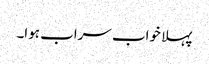
پہلا خواب سراب ہوا۔